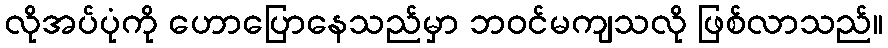
လိုအပ်ပုံကို ဟောပြောနေသည်မှာ ဘဝင်မကျသလို ဖြစ်လာသည်။